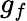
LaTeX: g_{f}